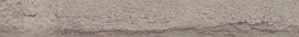
خدمة توصيل الطلبات للمناز